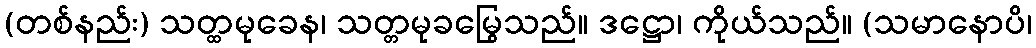
(တစ်နည်း) သတ္ထမုခေန၊ သတ္တမုခမြွေသည်။ ဒဋ္ဌော၊ ကိုယ်သည်။ (သမာနောပိ၊